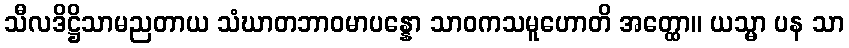
သီလဒိဋ္ဌိသာမညတာယ သံဃာတဘာဝမာပန္နော သာဝကသမူဟောတိ အတ္ထော။ ယသ္မာ ပန သာ